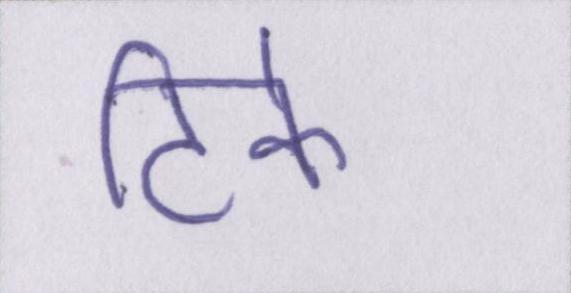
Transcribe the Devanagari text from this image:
टिके